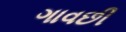
ગાવછી